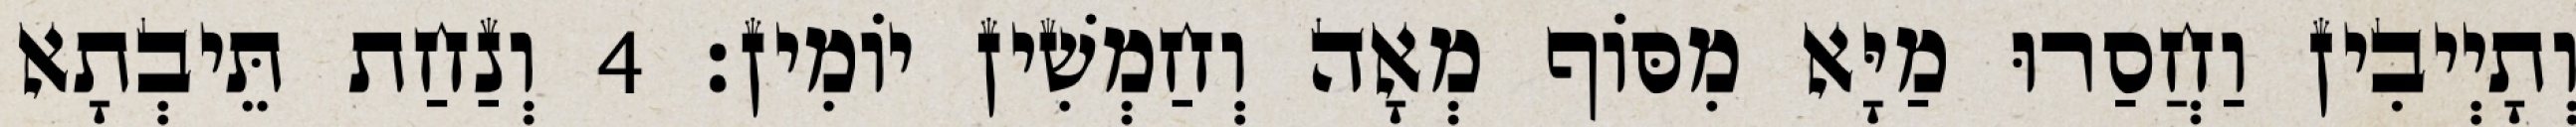
וְתָיְיבִין וַחֲסַרוּ מַיָּא מִסּוֹף מְאָה וְחַמְשִׁין יוֹמִין׃ 4 וְנַחַת תֵּיבְתָא